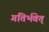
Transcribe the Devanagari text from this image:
गतिर्भवेत्